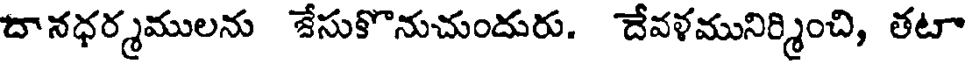
దానధర్మములను జేసుకొనుచుందురు. దేవళమునిర్మించి, తటా